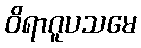
ဝိရာဂူပသမေ